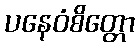
ပနေဝံစိတ္တော